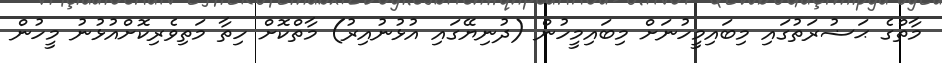
މާތްގެ ޙަޟުރަތުގައި މިބައިމީހުނަށް މިބައިމީހުން (ދުނިޔޭގައި އުޅުނުއިރު) މާތްކޮށް ހިތާ މަތިވެރިކޮށްއުޅުނު މީހުން